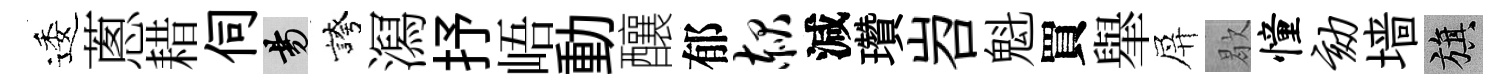
逶蔥耤伺昜誇㵼抒峿動釀郁赧減瓚岧魁買𦦙屏歇憧劾墙旗